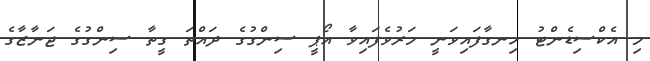
މި އެކްސިޑެންޓު ހިނގާފައިވަނީ މަރުވެފައިވާ އޯޕީ ސިންގުގެ ދައްތަ ގީތާ ސިންގުގެ ޖަނާޒާގެ